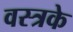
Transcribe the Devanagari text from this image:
वस्त्रके